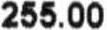
255.00